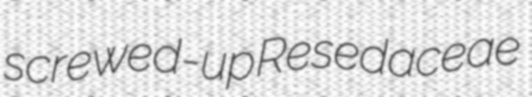
screwed-up Resedaceae